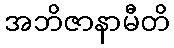
အဘိဇာနာမီတိ